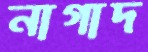
নাগাদ